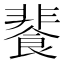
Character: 餥